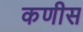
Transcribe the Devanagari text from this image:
कणीस